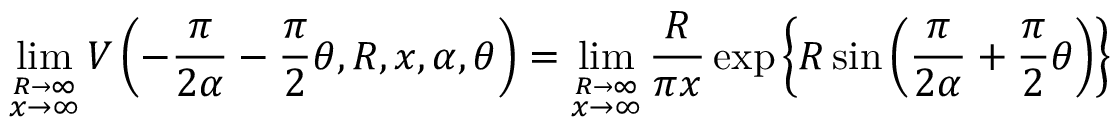
\operatorname* { l i m } _ { \stackrel { R \to \infty } { x \to \infty } } V \left( - \frac { \pi } { 2 \alpha } - \frac { \pi } { 2 } \theta , R , x , \alpha , \theta \right) = \operatorname* { l i m } _ { \stackrel { R \to \infty } { x \to \infty } } \frac { R } { \pi x } \exp \left\{ R \sin \left( \frac { \pi } { 2 \alpha } + \frac { \pi } { 2 } \theta \right) \right\}